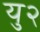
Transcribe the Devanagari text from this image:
यु२